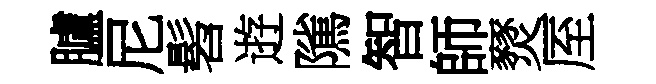
臚尼髫逰隲智師燹厔